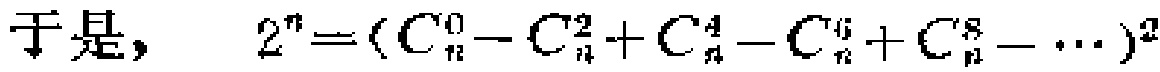
于是，\(2^{n}=(C_{n}^{0}-C_{n}^{2}+C_{n}^{4}-C_{n}^{6}+C_{n}^{8}-\cdots)^{2}\)